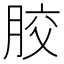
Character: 胶